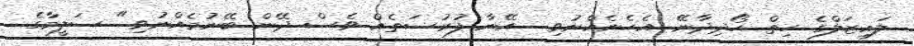
ލައިޒަލްގެ ހިތް ހޯދިދާނޭ. އެހެނެއްނުވި... އޭނާ ފުރުސަތެއް ވެސް ދޭން ބޭނުމެއްނުވި." ސަލީމާގެ